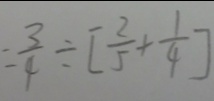
= \frac { 3 } { 4 } \div [ \frac { 2 } { 5 } + \frac { 1 } { 4 } ]